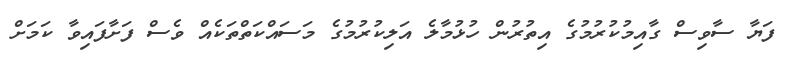
ފަޔާ ސާވިސް ގާއިމުކުރުމުގެ އިތުރުން ހުޅުމާލެ އަލިކުރުމުގެ މަސައްކަތްތަކެއް ވެސް ފަށާފައިވާ ކަމަށް